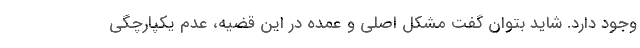
وجود دارد. شاید بتوان گفت مشکل اصلی و عمده در این قضیه، عدم یکپارچگی